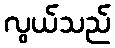
လွယ်သည်